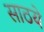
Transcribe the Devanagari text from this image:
साठये